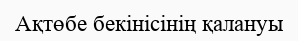
Ақтөбе бекінісінің қалануы